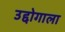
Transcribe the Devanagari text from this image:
उद्दोगाला